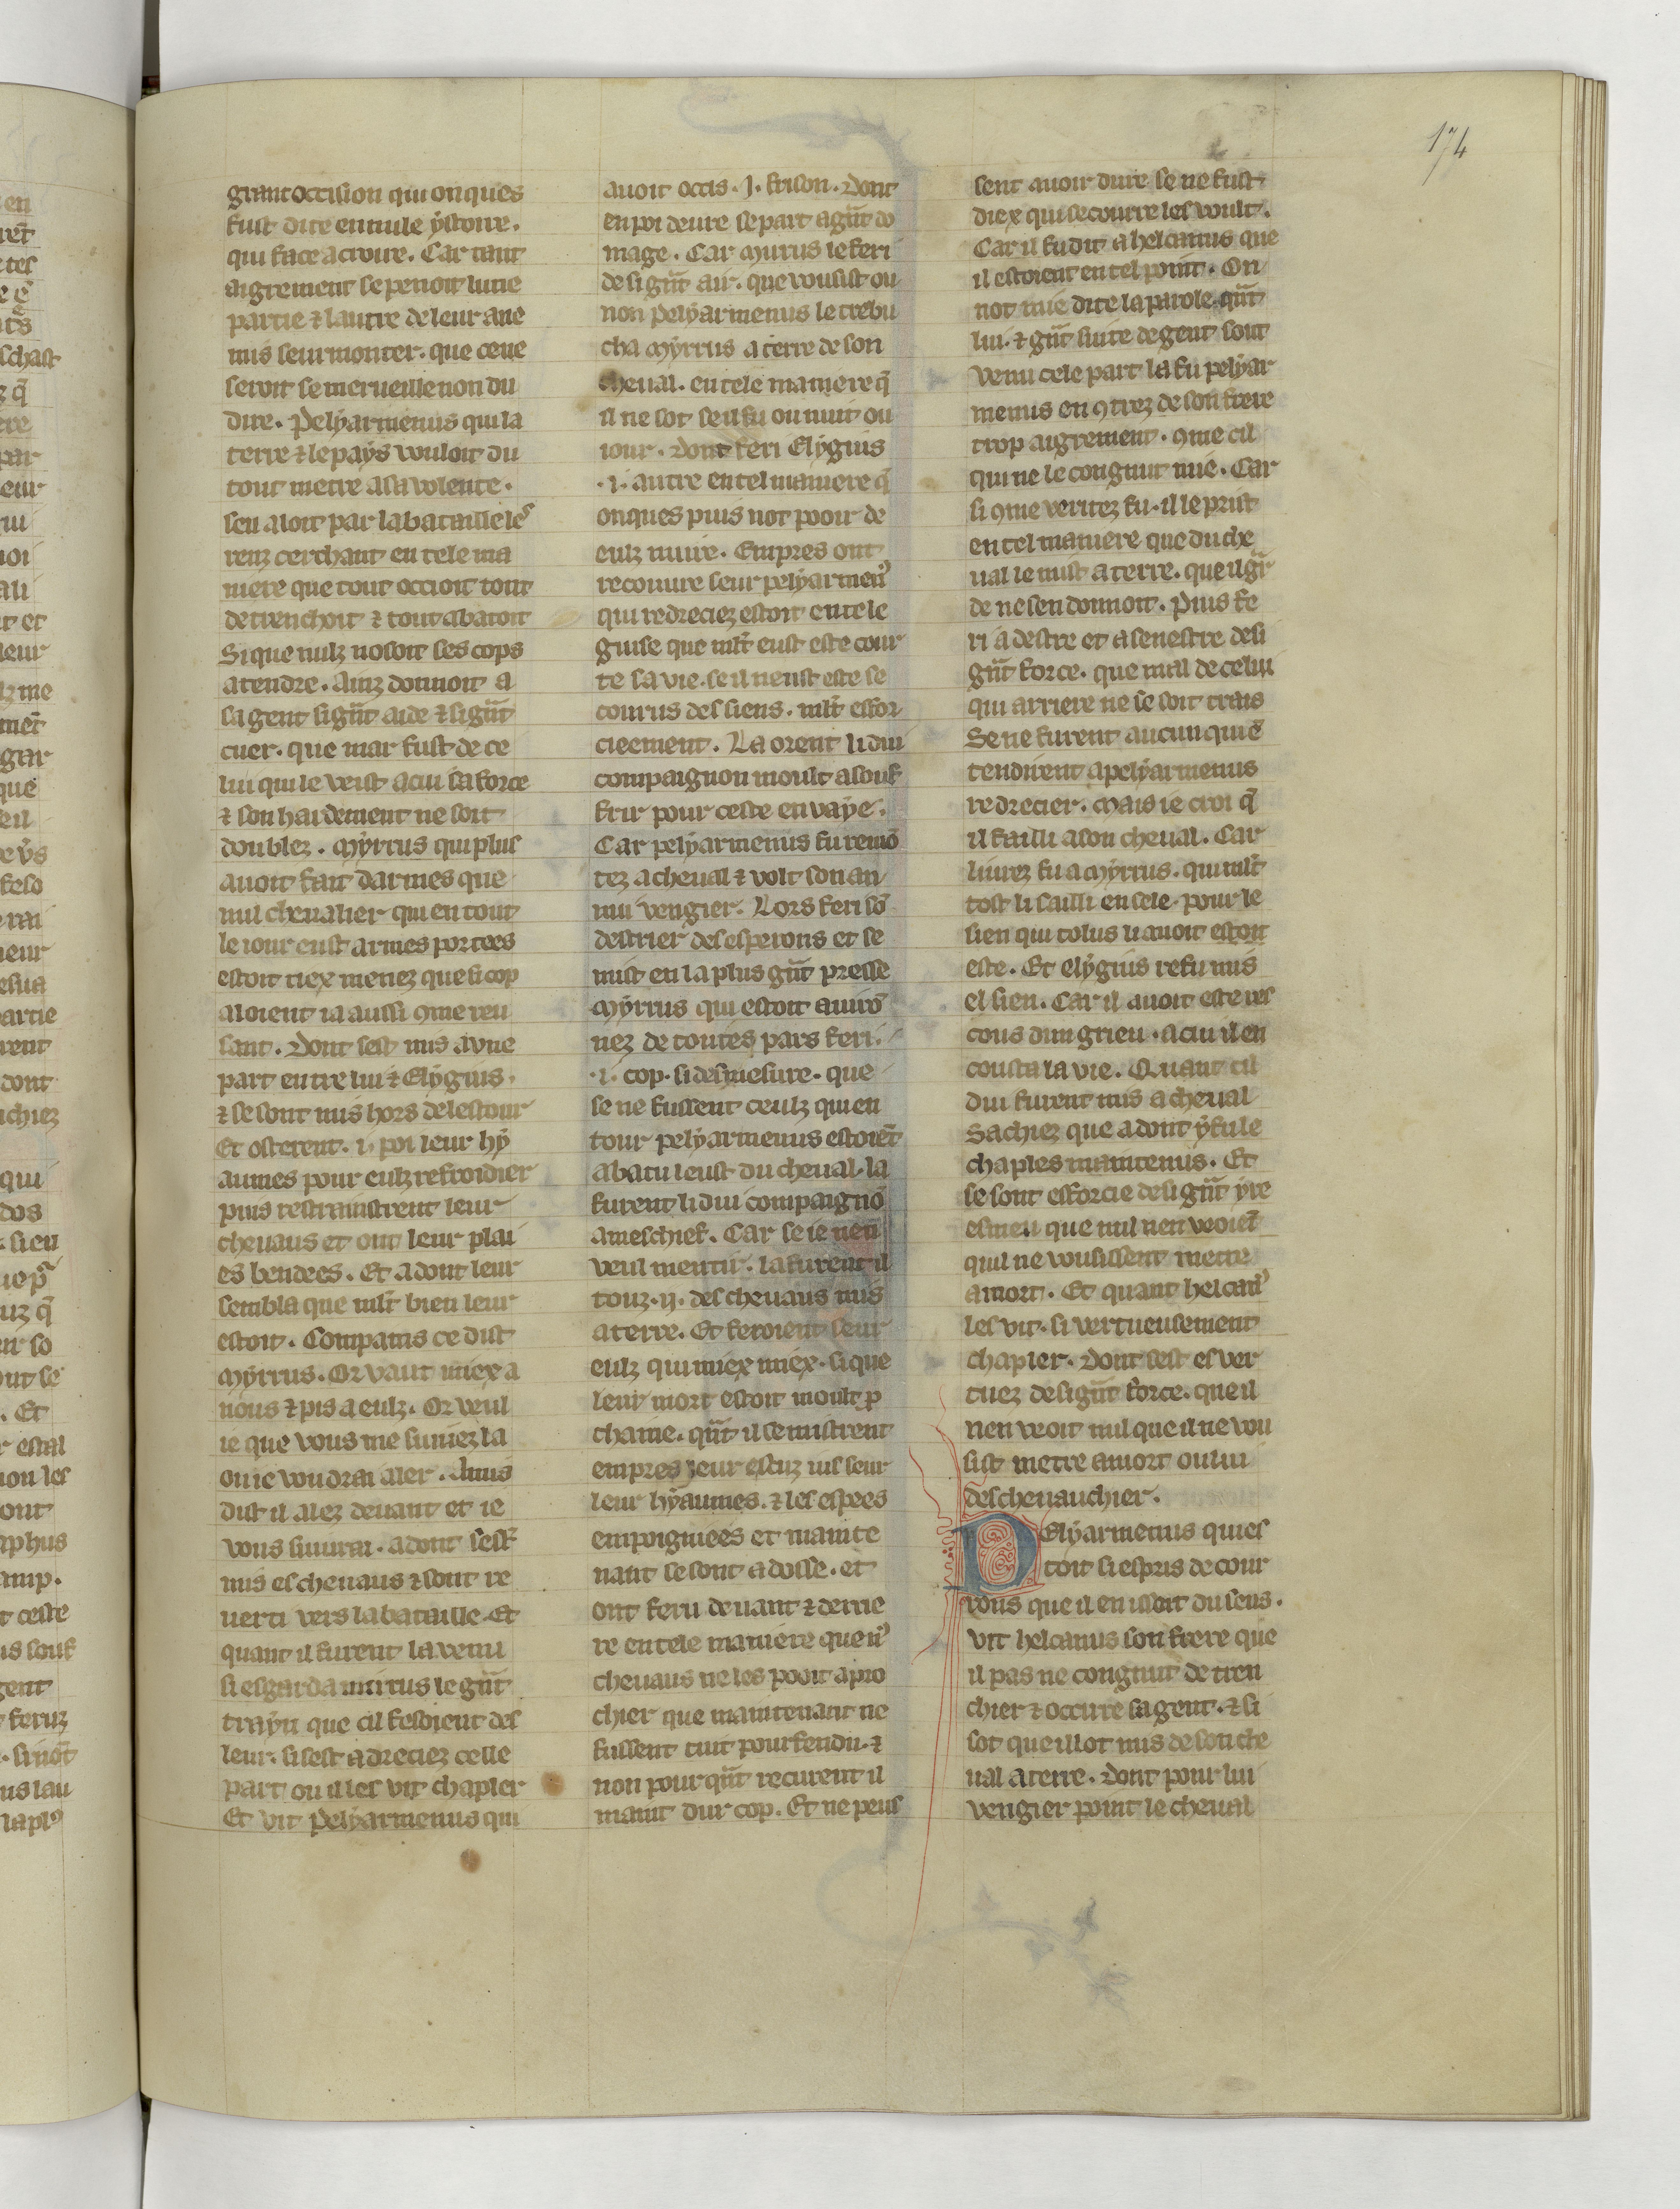
Shelfmark: Paris, BnF, fr. 22549
Century: 14